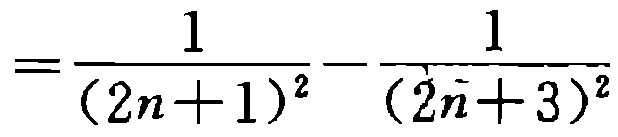
$=\frac{1}{(2n + 1)^2}-\frac{1}{(2n + 3)^2}$